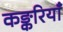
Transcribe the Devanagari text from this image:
कङ्करियाँ